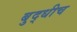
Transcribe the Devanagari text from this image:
बुद्धीच